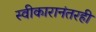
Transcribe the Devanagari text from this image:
स्वीकारानंतरही